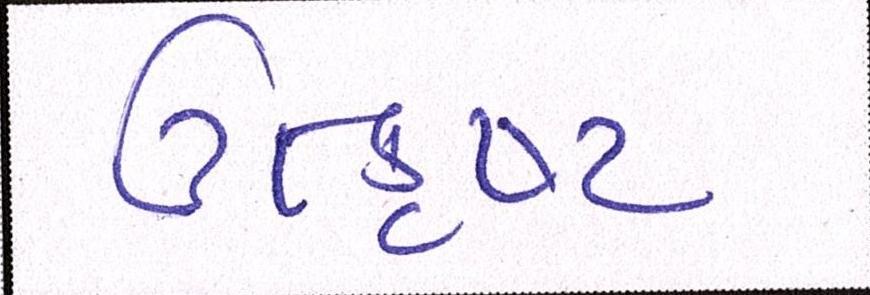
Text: ઉત્કૃષ્ટ